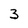
Character: 3